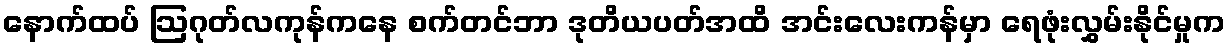
နောက်ထပ် ဩဂုတ်လကုန်ကနေ စက်တင်ဘာ ဒုတိယပတ်အထိ အင်းလေးကန်မှာ ရေဖုံးလွှမ်းနိုင်မှုက